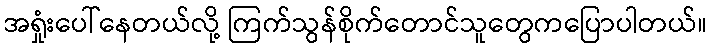
အရှုံးပေါ်နေတယ်လို့ ကြက်သွန်စိုက်တောင်သူတွေကပြောပါတယ်။